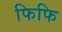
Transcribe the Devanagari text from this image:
फिफि